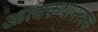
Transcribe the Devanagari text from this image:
आत्मकथानत्मक